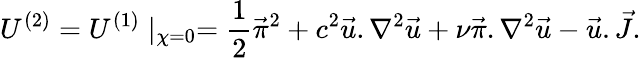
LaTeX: U^{(2)}=U^{(1)}\mid_{\chi=0}={\frac{1}{2}}\vec{\pi}^{2}+c^{2}\vec{u}.\nabla^{2}\vec{u}+\nu\vec{\pi}.\nabla^{2}\vec{u}-\vec{u}.\vec{J}.